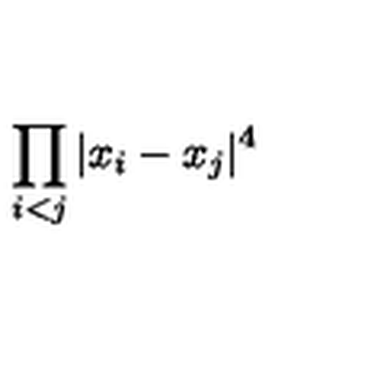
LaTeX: \displaystyle { \prod _ { i < j } | x _ { i } - x _ { j } | ^ { 4 } }